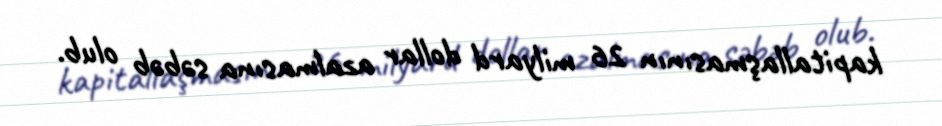
kapitallaşmasının 26 milyard dollar azalmasına səbəb olub.